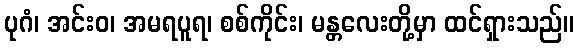
ပုဂံ၊ အင်းဝ၊ အမရပူရ၊ စစ်ကိုင်း၊ မန္တလေးတို့မှာ ထင်ရှားသည်။